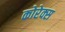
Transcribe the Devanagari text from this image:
कोरेक्स